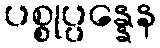
ပစ္စုပ္ပန္နေန